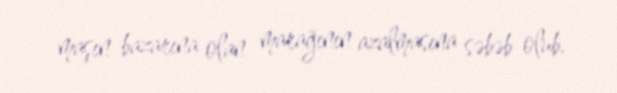
maşın bazarına olan marağının azalmasına səbəb olub.